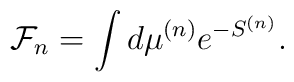
{\cal F}_n=\int d\mu^{(n)}e^{-S^{(n)}}.